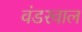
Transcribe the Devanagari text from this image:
वंडरवाल